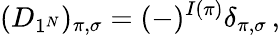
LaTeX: (D_{1^{N}})_{\pi,\sigma}=(-)^{I(\pi)}\delta_{\pi,\sigma}\, ,